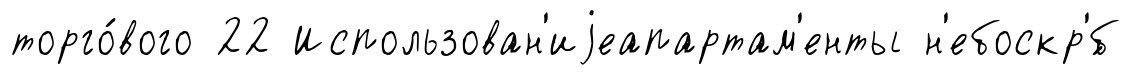
торго́вого 22 Использован'иjеапартам'енты н'ебоскр'́б